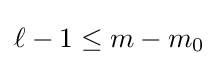
\ell -1\leq m-m_{0}